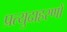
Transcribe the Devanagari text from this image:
प्रत्युदाहरणों